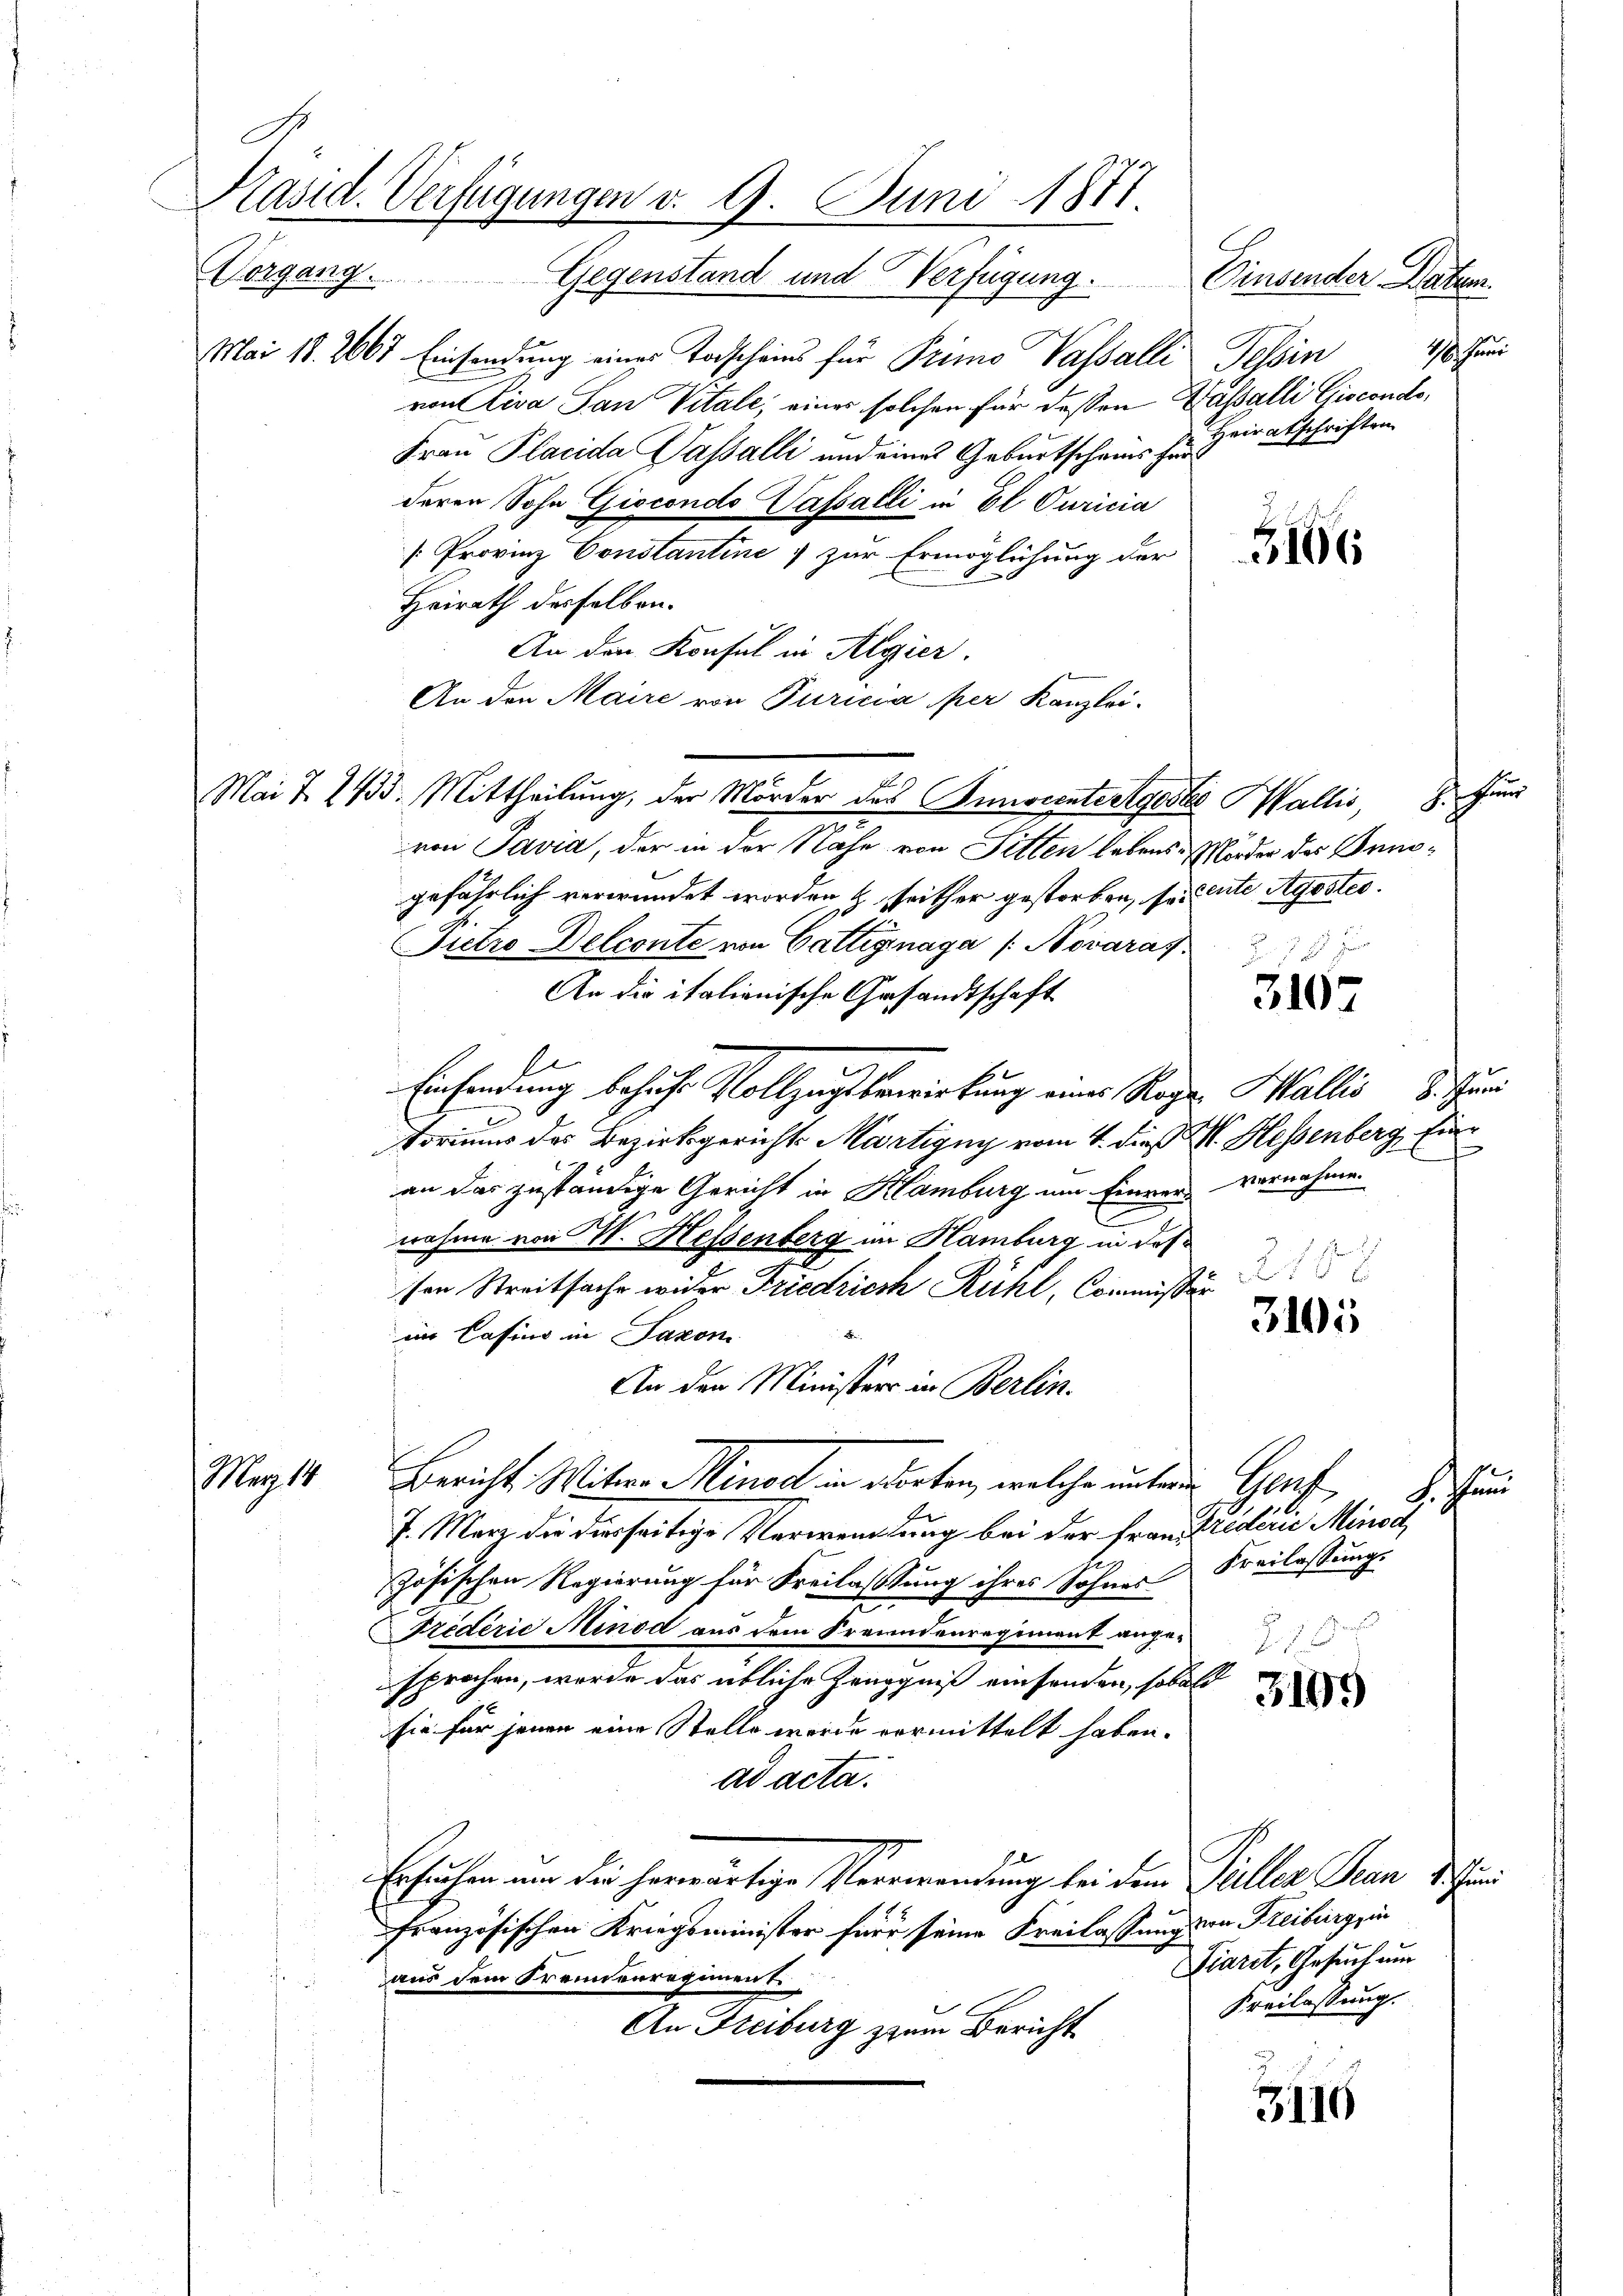
Präsid. Verfügungen d. 9. Juni 1871.
Vergang. Gegenstand und Verfügung. Einsender Datum

Mai 18. 2667 Einsendung eines Todscheins für Primo Vasalli Tessin
von Riva San Vitale; einer solchen für dessen Hassalli Gisconds,
Frau Placida Passalli und eines Geburtscheins für
deren Sohn Giecondo Vassalli in El Curicia
/. Provinz Constantine 1 zur Ermöglichung der
Heirath desselben.
An den Konsul in Algier
An den Maire von Turicia per Kanzlei-
Mai 7. 243. Mittheilung, der Mörder des Pinocentertgestes Wallis, 8. Juni
von Savia, der in der Nahe von Sitten lebens Morder des Inngefährlich verwundet worden & seither gestorben, so cente Agoster.
Pietro Delconte von Gattignaga /: Novaras
An die italienische Gesandtschaft
Einsendung besiche Vollzugsbewirkung eine Regen Wallis 18. Juni
toriums des Bezirksgericht Martigny vom 4. dieß M. Hessenberg, Einan das zuständige Gericht in Hamburg um Einrer vernahmen
nahme von M. Hessenberg im Hamburg in des
 2.
216 x
sen Streitsache wider Friedrich Rühl, Commissär
3101
im Casino in Saxon
An den Ministers in Berlin.
Magst Bericht. Mitwe Minod in stirten, welche unter Genf
7. März die dieseitige Verwandlung bei der Frankredicie Minoch
zösischen Regierung für Freilassung ihres Sohnes Freilassung.
Triderić Minod aus dem Freundenregiment ange¬

sprochen, worde das übliche Zeugnis einsenden, sobald
3109
sie für jenen eine Stelle werde vermittelt haben.
ad acta.
Ersuchen um der herwärtige Verwandung bei dem Faller Pran der
französischen Kriegsminister für seine Freilassung von Freiburg in
Tiarit, Gesuch um
s
aus dem Krennenregiment.
Kreilassung.
An Freiburg zum Bericht
3116

10 hand
Heiratschriften

. .

3102

u

shun